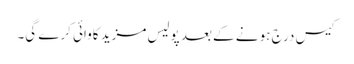
کیس درج ہو نے کے بعد پولیس مزید کاوائی کرے گی۔